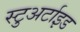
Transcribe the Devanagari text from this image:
स्टुअर्टाइड